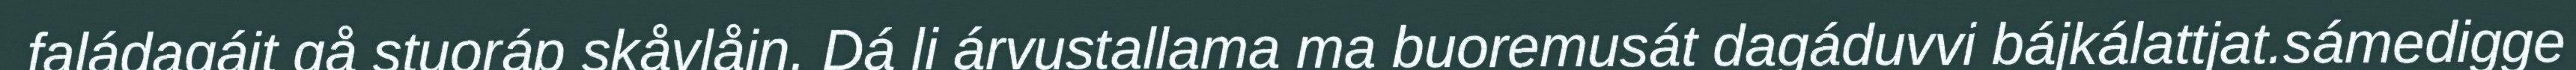
faládagájt gå stuoráp skåvlåjn. Dá li árvustallama ma buoremusát dagáduvvi bájkálattjat.sámedigge